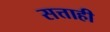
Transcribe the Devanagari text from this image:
सत्ताही